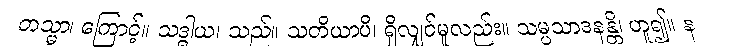
တသ္မာ၊ ကြောင့်။ သဒ္ဓါယ၊ သည်။ သတိယာပိ၊ ရှိလျှင်မူလည်း။ သမ္ပသာဒနန္တိ၊ ဟူ၍။ န